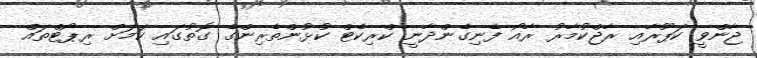
ޖާންވީ ކަޕޫރާއި ރާޖްކުމާރު ރާއޯ ފެނިގެންދާނީ ކްރިކެޓް ކުޅުންތެރިންގެ ގޮތުގައި ކަމަށް ރިޕޯޓްތައް